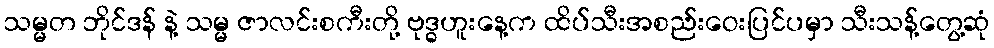
သမ္မတ ဘိုင်ဒန် နဲ့ သမ္မ ဇာလင်းစကီးတို့ ဗုဒ္ဓဟူးနေ့က ထိပ်သီးအစည်းဝေးပြင်ပမှာ သီးသန့်တွေ့ဆုံ